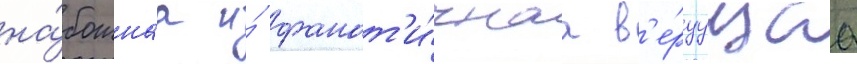
на́божнаа и́ фанат'и́чнаа в'е́руущаа